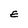
Character: E